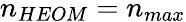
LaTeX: n_{HEOM}=n_{max}